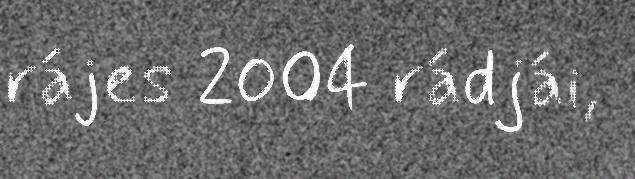
rájes 2004 rádjái,